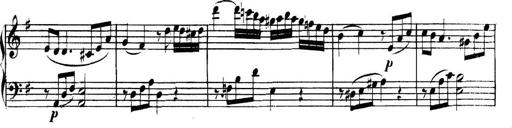
Title: Collected Piano Sonatas
Composer: Muzio Clementi